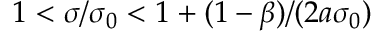
1 < \sigma / \sigma _ { 0 } < 1 + ( 1 - \beta ) / ( 2 a \sigma _ { 0 } )